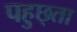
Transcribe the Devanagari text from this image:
पहुछ्ता